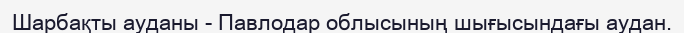
Шарбақты ауданы - Павлодар облысының шығысындағы аудан.